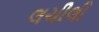
લચીલી